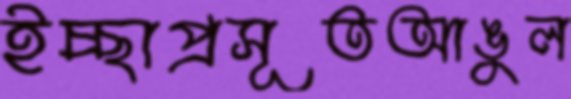
ইচ্ছাপ্রসূতআঙুল